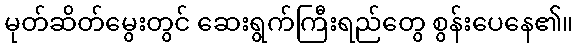
မုတ်ဆိတ်မွေးတွင် ဆေးရွက်ကြီးရည်တွေ စွန်းပေနေ၏။